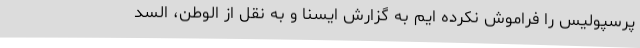
پرسپولیس را فراموش نکرده ایم به گزارش ایسنا و به نقل از الوطن، السد